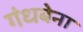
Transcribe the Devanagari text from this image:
गंधबेना